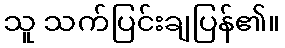
သူ သက်ပြင်းချပြန်၏။